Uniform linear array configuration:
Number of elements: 24
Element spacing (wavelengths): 0.75
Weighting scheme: hann
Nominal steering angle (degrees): -15
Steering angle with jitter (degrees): -13.47
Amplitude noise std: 0.05
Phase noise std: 0.05

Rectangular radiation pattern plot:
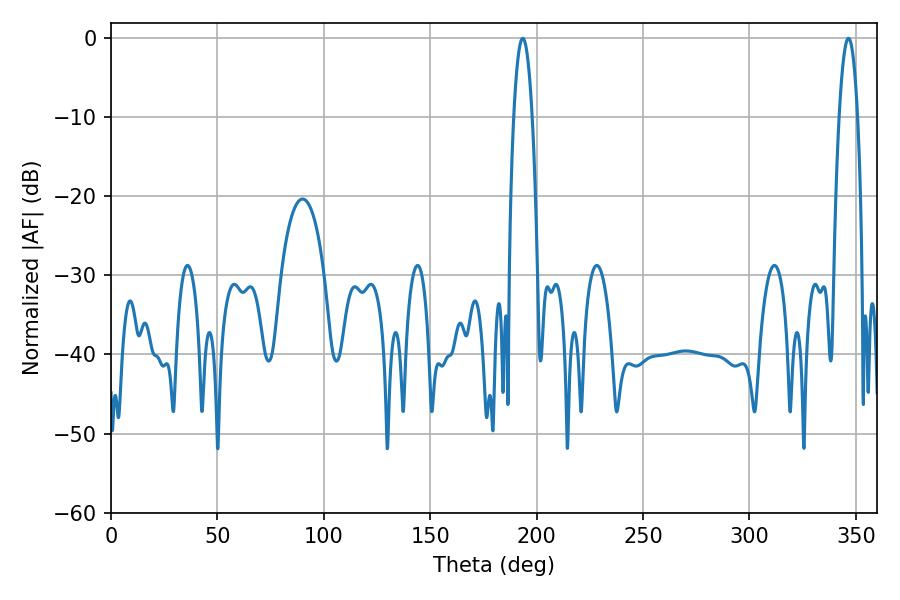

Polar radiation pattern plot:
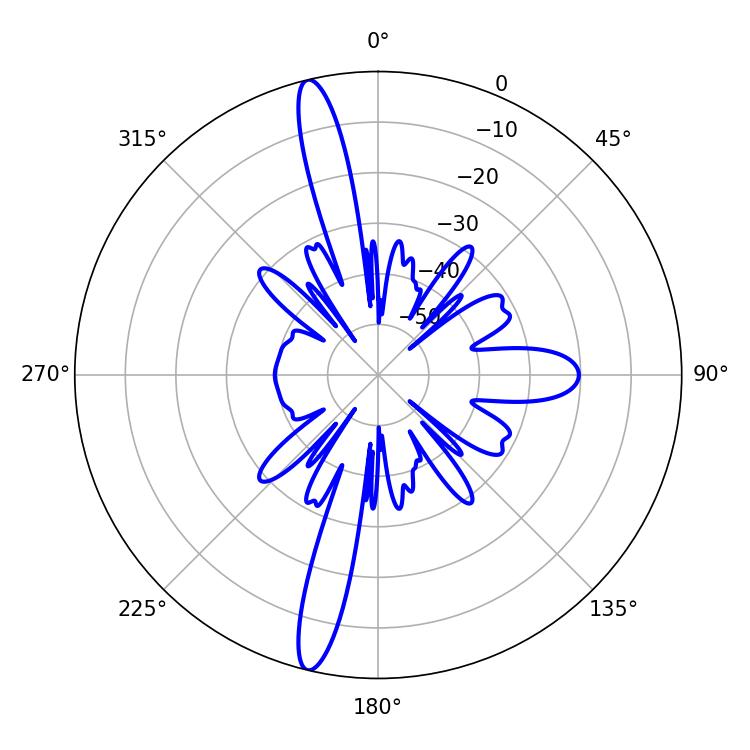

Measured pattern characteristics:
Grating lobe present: TRUE
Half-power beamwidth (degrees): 4.68
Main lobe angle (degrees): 193.5